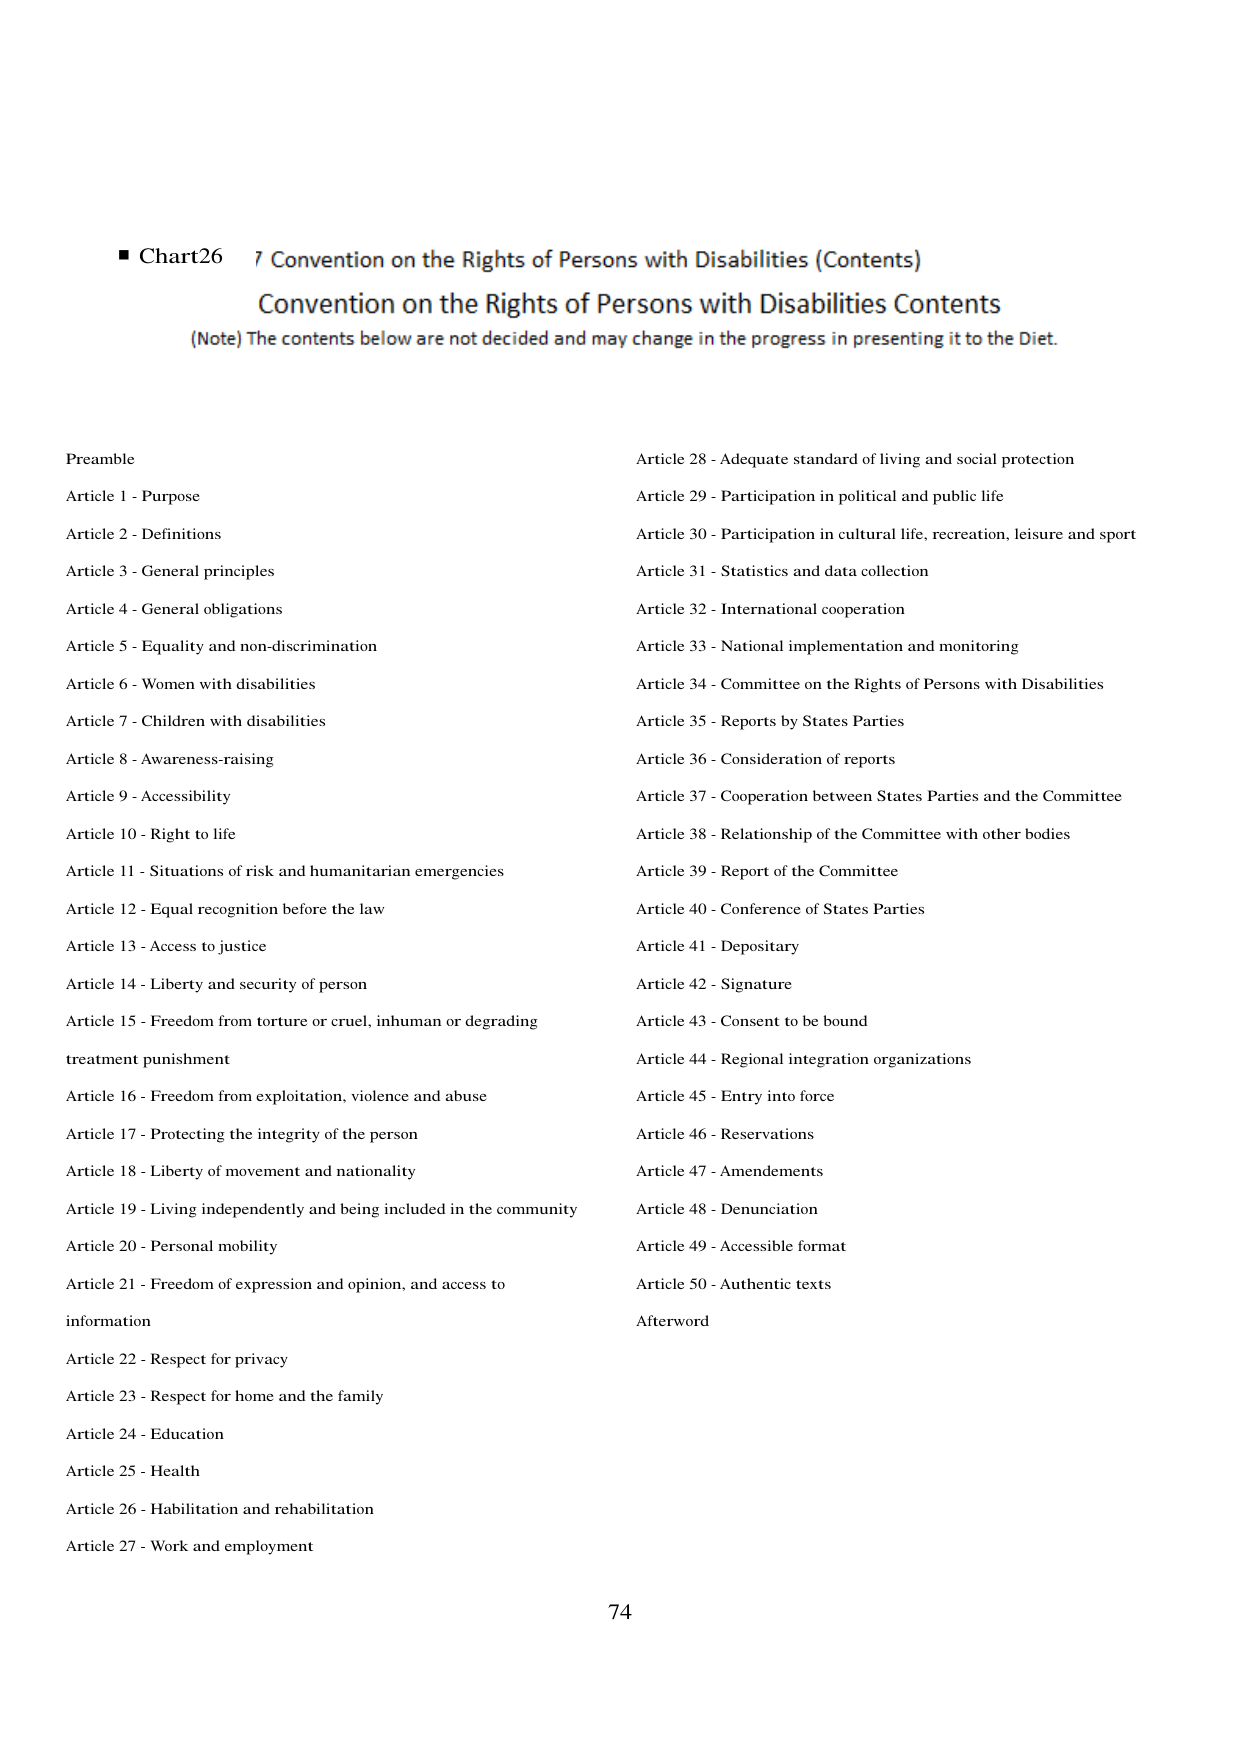
■ Chart26 7 Convention on the Rights of Persons with Disabilities (Contents)
Convention on the Rights of Persons with Disabilities Contents
(Note) The contents below are not decided and may change in the progress in presenting it to the Diet.

Preamble
Article 1 - Purpose
Article 2 - Definitions
Article 3 - General principles
Article 4 - General obligations
Article 5 - Equality and non-discrimination
Article 6 - Women with disabilities
Article 7 - Children with disabilities
Article 8 - Awareness-raising
Article 9 - Accessibility
Article 10 - Right to life
Article 11 - Situations of risk and humanitarian emergencies
Article 12 - Equal recognition before the law
Article 13 - Access to justice
Article 14 - Liberty and security of person
Article 15 - Freedom from torture or cruel, inhuman or degrading treatment punishment
Article 16 - Freedom from exploitation, violence and abuse
Article 17 - Protecting the integrity of the person
Article 18 - Liberty of movement and nationality
Article 19 - Living independently and being included in the community
Article 20 - Personal mobility
Article 21 - Freedom of expression and opinion, and access to information
Article 22 - Respect for privacy
Article 23 - Respect for home and the family
Article 24 - Education
Article 25 - Health
Article 26 - Habilitation and rehabilitation
Article 27 - Work and employment
Article 28 - Adequate standard of living and social protection
Article 29 - Participation in political and public life
Article 30 - Participation in cultural life, recreation, leisure and sport
Article 31 - Statistics and data collection
Article 32 - International cooperation
Article 33 - National implementation and monitoring
Article 34 - Committee on the Rights of Persons with Disabilities
Article 35 - Reports by States Parties
Article 36 - Consideration of reports
Article 37 - Cooperation between States Parties and the Committee
Article 38 - Relationship of the Committee with other bodies
Article 39 - Report of the Committee
Article 40 - Conference of States Parties
Article 41 - Depositary
Article 42 - Signature
Article 43 - Consent to be bound
Article 44 - Regional integration organizations
Article 45 - Entry into force
Article 46 - Reservations
Article 47 - Amendments
Article 48 - Denunciation
Article 49 - Accessible format
Article 50 - Authentic texts
Afterword

74